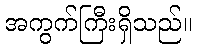
အကွက်ကြီးရှိသည်။